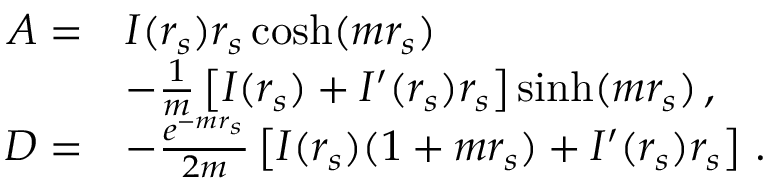
\begin{array} { r l } { A = } & { I ( r _ { s } ) r _ { s } \cosh ( m r _ { s } ) } \\ & { - \frac 1 m \left[ I ( r _ { s } ) + I ^ { \prime } ( r _ { s } ) r _ { s } \right] \sinh ( m r _ { s } ) \, , } \\ { D = } & { - \frac { e ^ { - m r _ { s } } } { 2 m } \left[ I ( r _ { s } ) ( 1 + m r _ { s } ) + I ^ { \prime } ( r _ { s } ) r _ { s } \right] \, . } \end{array}